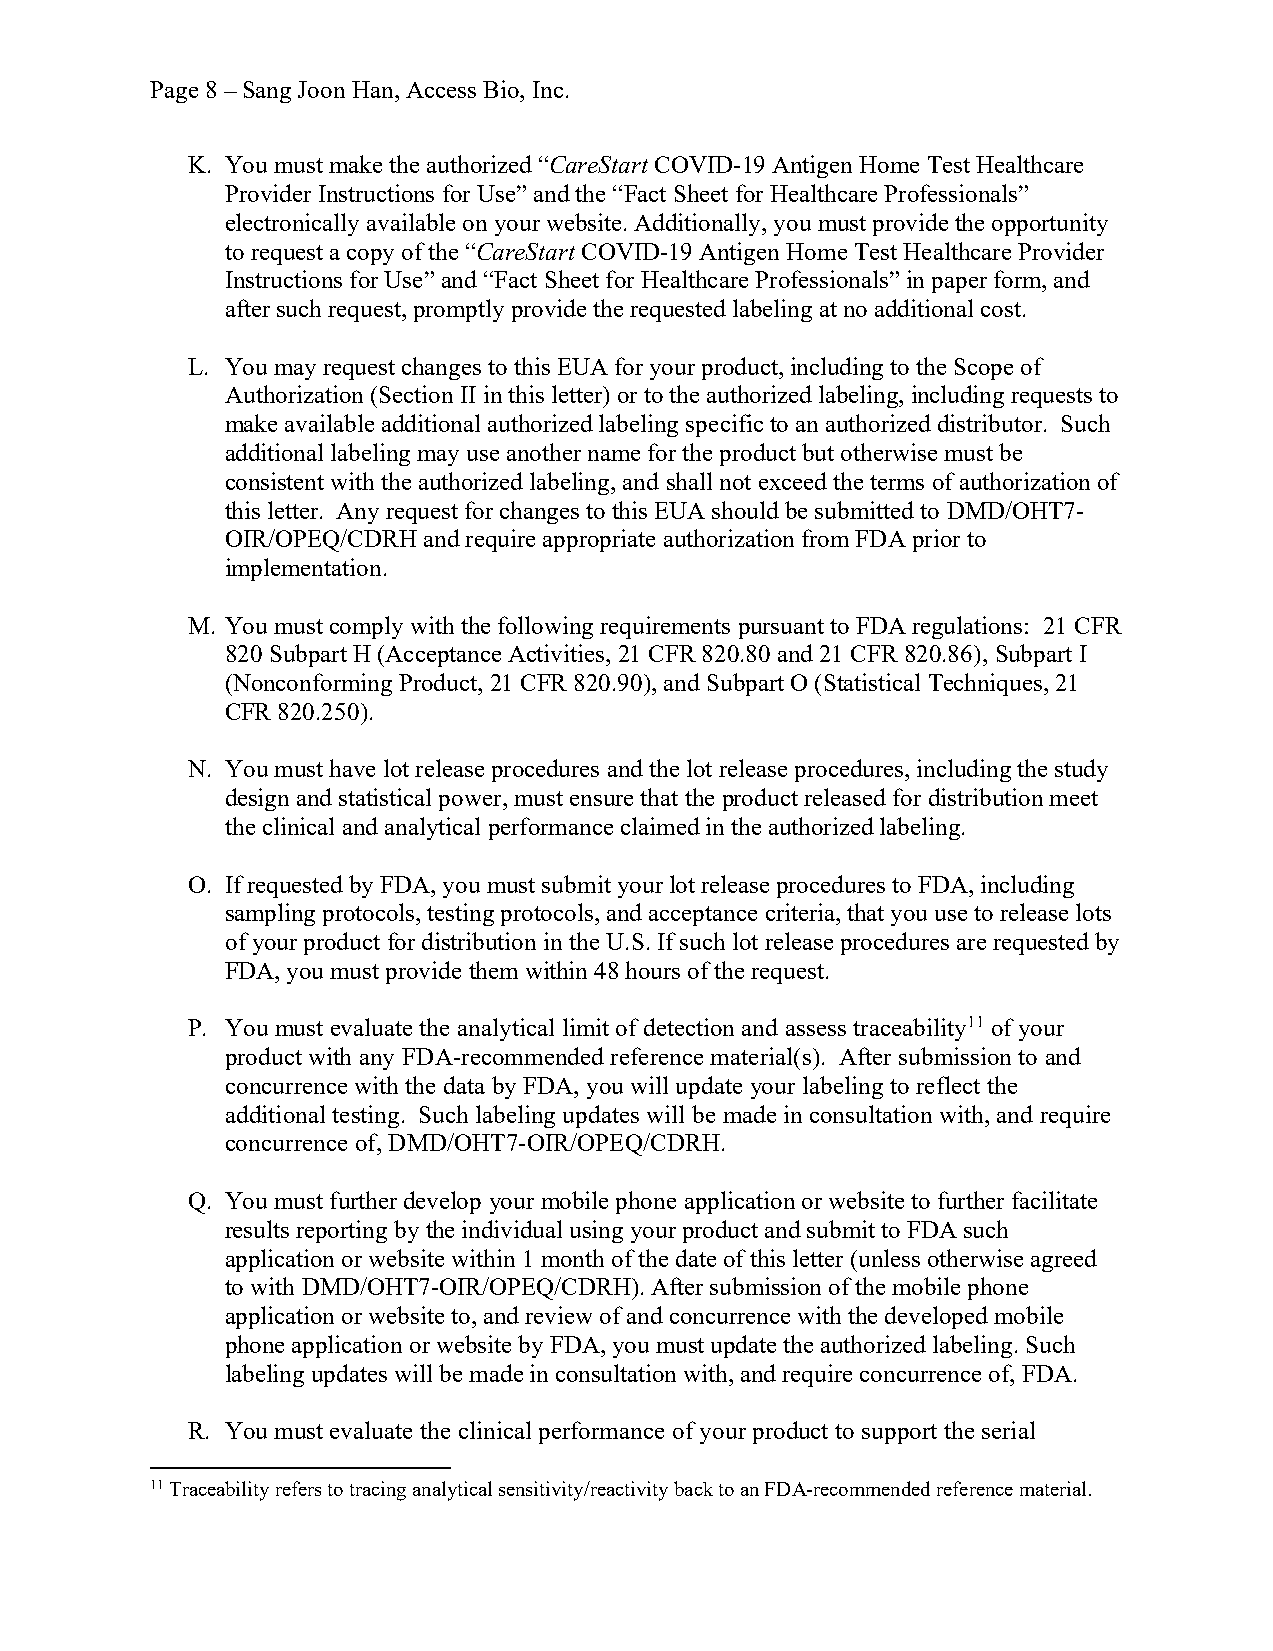
Page 8 – Sang Joon Han, Access Bio, Inc.
 K. You must make the authorized “CareStart COVID-19 Antigen Home Test Healthcare
 Provider Instructions for Use” and the “Fact Sheet for Healthcare Professionals”
 electronically available on your website. Additionally, you must provide the opportunity
 to request a copy of the “CareStart COVID-19 Antigen Home Test Healthcare Provider
 Instructions for Use” and “Fact Sheet for Healthcare Professionals” in paper form, and
 after such request, promptly provide the requested labeling at no additional cost.
 L. You may request changes to this EUA for your product, including to the Scope of
 Authorization (Section II in this letter) or to the authorized labeling, including requests to
 make available additional authorized labeling specific to an authorized distributor. Such
 additional labeling may use another name for the product but otherwise must be
 consistent with the authorized labeling, and shall not exceed the terms of authorization of
 this letter. Any request for changes to this EUA should be submitted to DMD/OHT7-
 OIR/OPEQ/CDRH and require appropriate authorization from FDA prior to
 implementation.
 M. You must comply with the following requirements pursuant to FDA regulations: 21 CFR
 820 Subpart H (Acceptance Activities, 21 CFR 820.80 and 21 CFR 820.86), Subpart I
 (Nonconforming Product, 21 CFR 820.90), and Subpart O (Statistical Techniques, 21
 CFR 820.250).
 N. You must have lot release procedures and the lot release procedures, including the study
 design and statistical power, must ensure that the product released for distribution meet
 the clinical and analytical performance claimed in the authorized labeling.
 O. If requested by FDA, you must submit your lot release procedures to FDA, including
 sampling protocols, testing protocols, and acceptance criteria, that you use to release lots
 of your product for distribution in the U.S. If such lot release procedures are requested by
 FDA, you must provide them within 48 hours of the request.
 P. You must evaluate the analytical limit of detection and assess traceability11 of your
 product with any FDA-recommended reference material(s). After submission to and
 concurrence with the data by FDA, you will update your labeling to reflect the
 additional testing. Such labeling updates will be made in consultation with, and require
 concurrence of, DMD/OHT7-OIR/OPEQ/CDRH.
 Q. You must further develop your mobile phone application or website to further facilitate
 results reporting by the individual using your product and submit to FDA such
 application or website within 1 month of the date of this letter (unless otherwise agreed
 to with DMD/OHT7-OIR/OPEQ/CDRH). After submission of the mobile phone
 application or website to, and review of and concurrence with the developed mobile
 phone application or website by FDA, you must update the authorized labeling. Such
 labeling updates will be made in consultation with, and require concurrence of, FDA.
 R. You must evaluate the clinical performance of your product to support the serial
 11 Traceability refers to tracing analytical sensitivity/reactivity back to an FDA-recommended reference material.